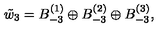
\tilde { w } _ { 3 } = B _ { - 3 } ^ { ( 1 ) } \oplus B _ { - 3 } ^ { ( 2 ) } \oplus B _ { - 3 } ^ { ( 3 ) } ,